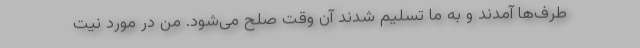
طرف‌ها آمدند و به ما تسلیم شدند آن وقت صلح می‌شود. من در مورد نیت